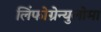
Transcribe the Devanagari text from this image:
लिंफोग्रेन्युलोमा